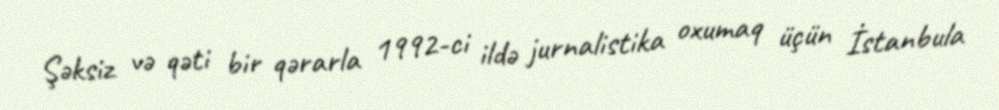
Şəksiz və qəti bir qərarla 1992-ci ildə jurnalistika oxumaq üçün İstanbula